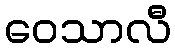
ဝေသာလီ